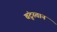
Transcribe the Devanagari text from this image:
बंटूस्तान